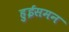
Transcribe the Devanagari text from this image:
हुईसमन